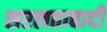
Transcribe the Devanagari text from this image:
सरलतावादी